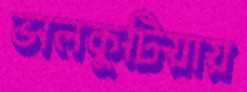
ভালকুটিয়ায়